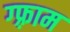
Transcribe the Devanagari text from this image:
ग्फ़्राम